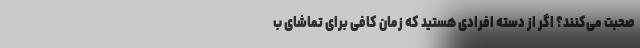
صحبت می‌کنند؟ اگر از دسته افرادی هستید که زمان کافی برای تماشای ب